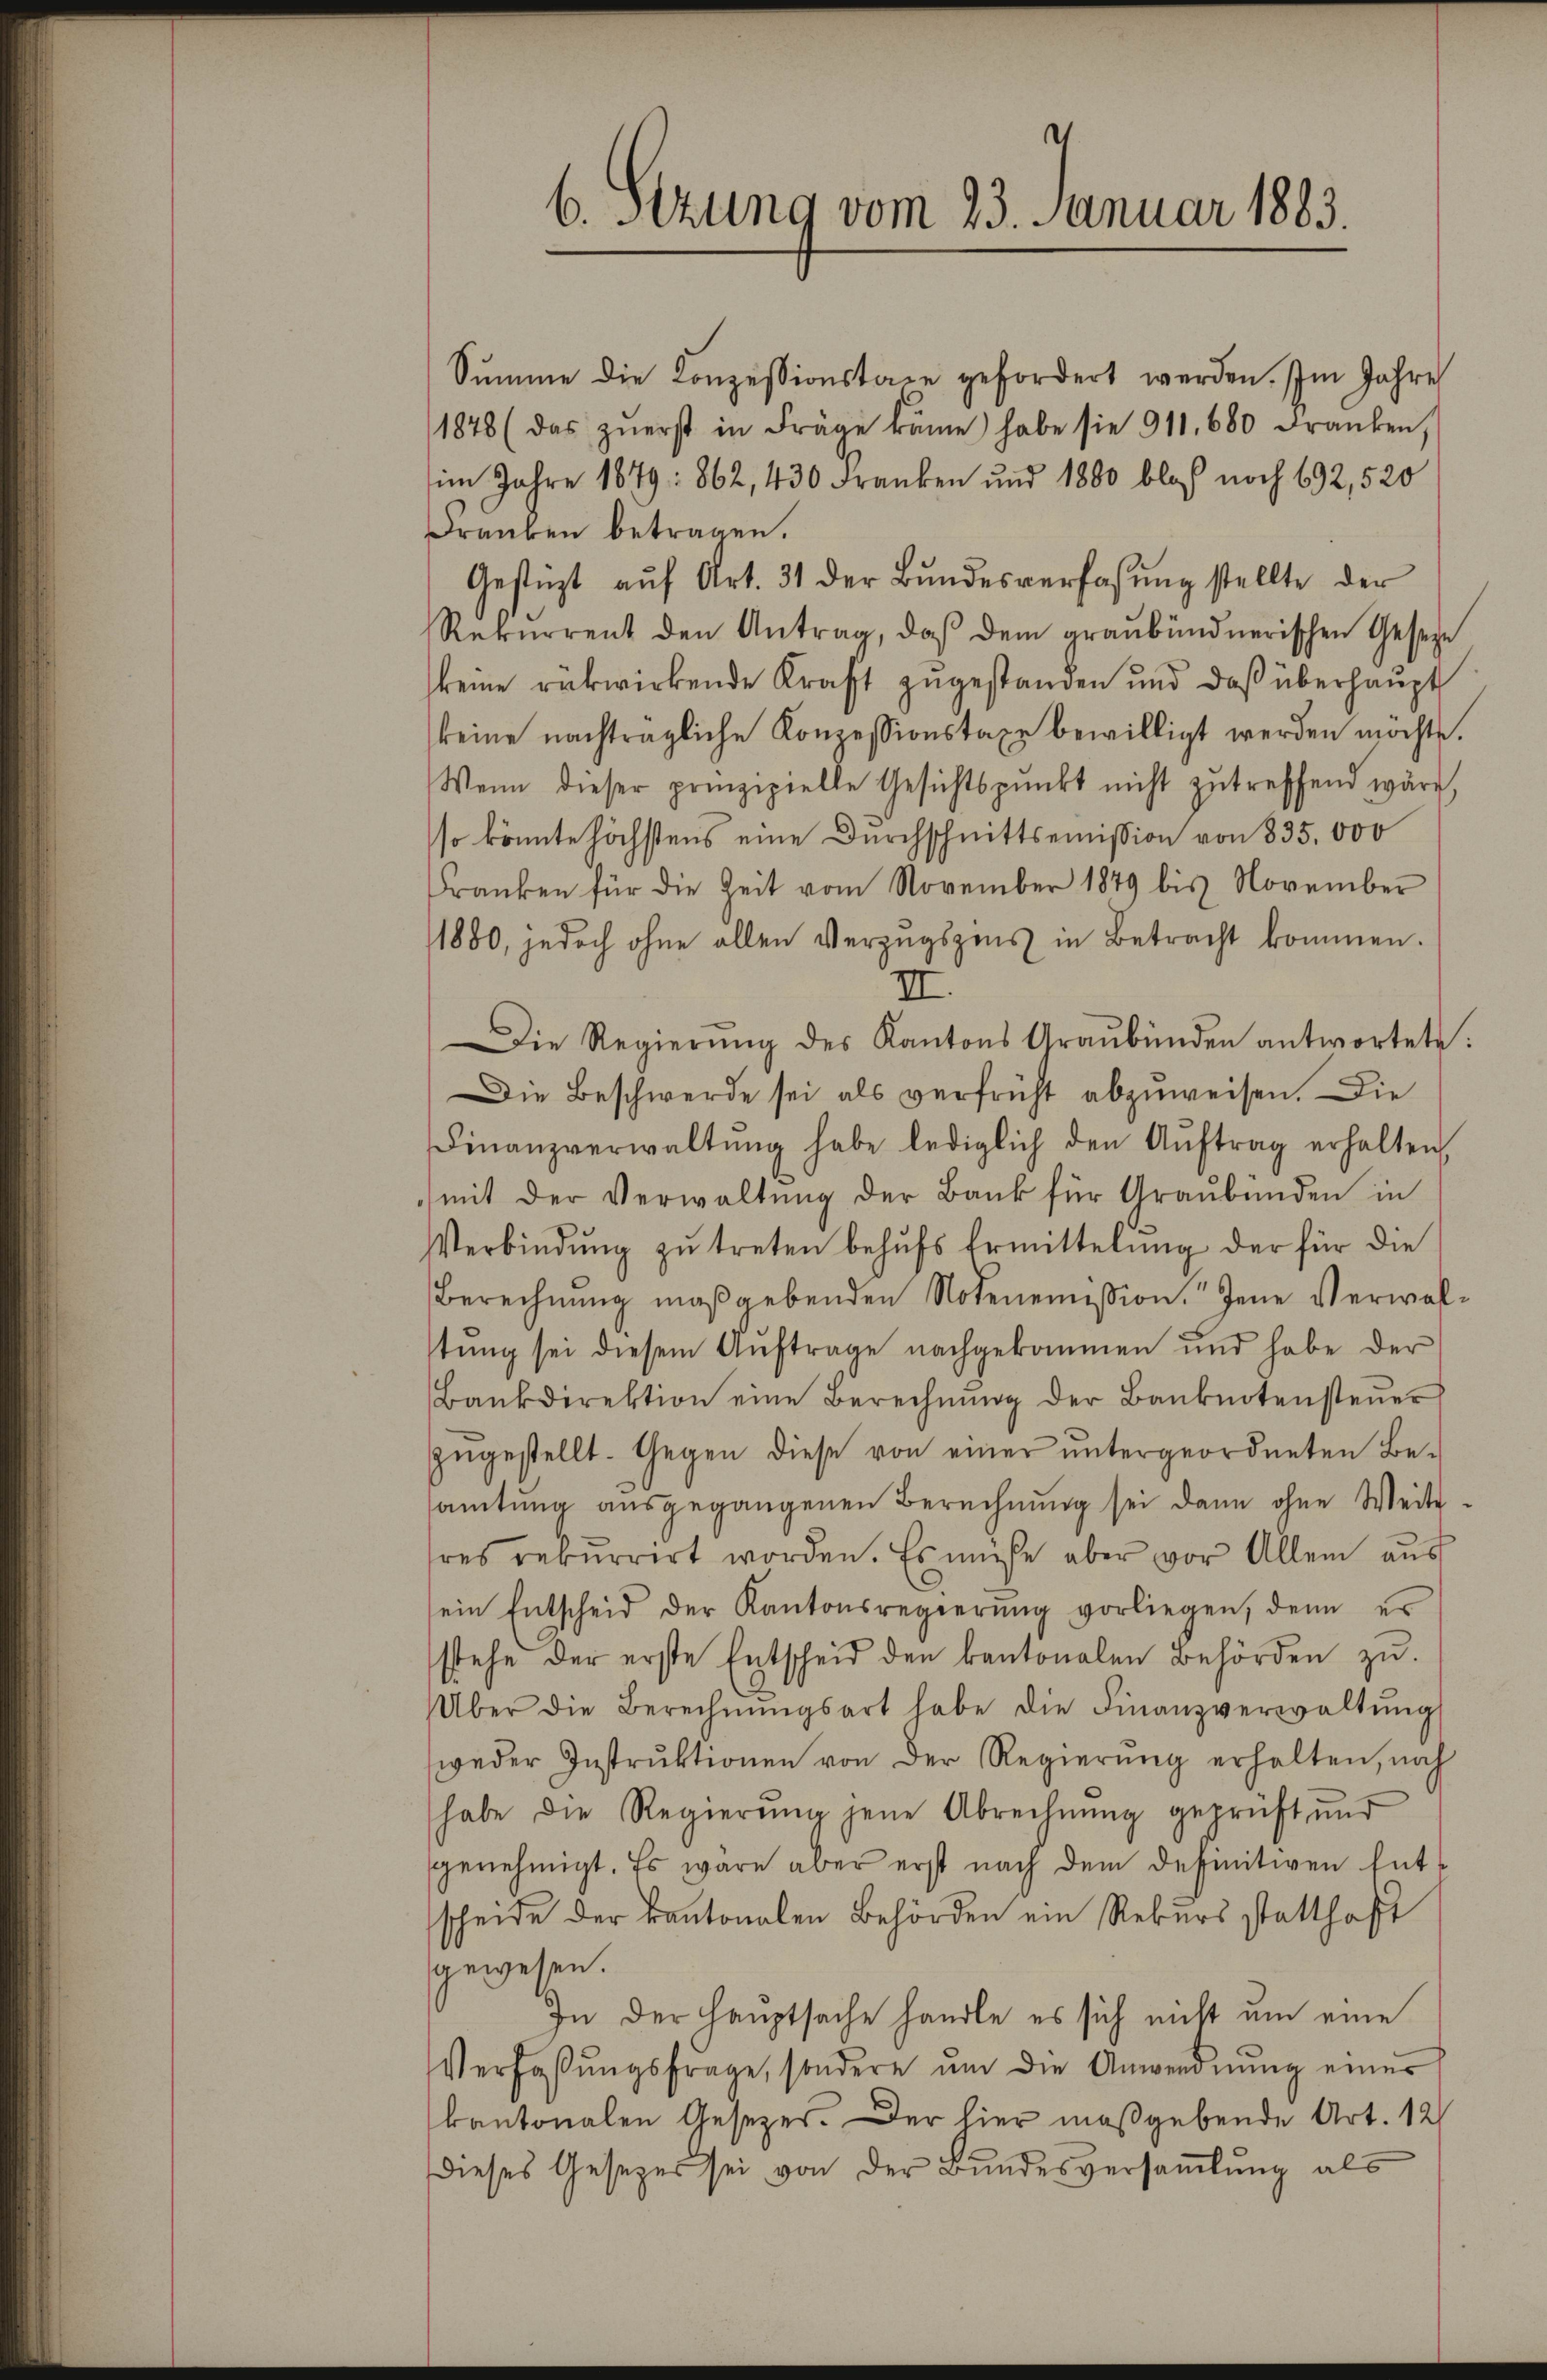
6. Sitzung vom 23. Januar 1883.

Sŭmme die Konzessionstage gefordert werden. Im Jahre
1878 (das zŭerst in Frage käme habe sie 911,600 Franken,
im Jahre 1879: 862, 430 Franken und 1880 bloß noch 692, 520
Franken betragen.
Gestüzt aŭf Art. 31 der Bŭndesverfassŭng stellte der
Rekurrent den Antrag, daß dem graubündnerischen Geseze
keine rükwirkende Kraft zugestanden und daß überhaupt
keine nachträgliche Konzessionstaxe bewilligt werden möchte.
Wenn dieser prinzipielle Gesichtspunkt nicht zutreffend wäre,
so könnte höchstens eine Durchschnittsemission von 835.000
Franken für die Zeit vom November 1879 bis November
1880, jedoch ohne allen Verzugszins in Betracht kommen.
III.
Die Regierŭng des Kantons Graubünden antwortete:
Die Beschwerde sei als verfrüht abzuweisen. Die
Finanzverwaltŭng habe lediglich den Aŭftrag erhalten,
mit der Verwaltŭng der Bank für Graubünden in
Verbindŭng zŭ treten behŭfs Ermittelŭng der für die
Berechnung maßgebenden Notenemission Jene Verwaltŭng sei diesem Aŭftrage nachgekommen und habe der
Bankdirektion eine Berechnŭng der Banknotensteŭer
zugestellt. Gegen diese von einer untergeordneten Be-
amtung ausgegangenen Berechnung sei dann ohne Weiteres rekurrirt worden. Es müsse aber vor Allem aus
ein Entscheid der Kantonsregierŭng vorliegen, denn es
stehe der erste Entscheid den kantonalen Behörden zu.
Über die Berechnŭngsart habe die Finanzverwaltŭng
weder Instrŭktionen von der Regierŭng erhalten, noch
habe die Regierŭng jene Abrechnung geprüft und
genehmigt. Es wäre aber erst nach dem definitiven Ent-
scheide der kantonalen Behörden ein Rekurs statthaft
gewesen.
In der Hauptsache handle es sich nicht um eine
Verfassŭngsfrage, sondern ŭm die Anwerdnŭng eines
kantonalen Gesetzes. Der hier maßgebende Art. 12
Dieses Gesetzes sei von der Bundesversamlung als